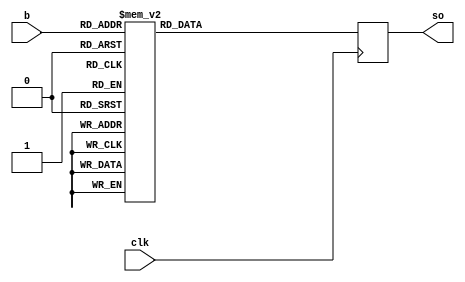
module s6(clk, b, so);
input 	clk;
input 	[1:6] b;
output 	[1:4] so;
reg 	[1:4] so;
	always @(posedge clk)
		casex(b)
                                6'b000000 :        so=4'hc;
                                6'b000010 :        so=4'h1;
                                6'b000100 :        so=4'ha;
                                6'b000110 :        so=4'hf;
                                6'b001000 :        so=4'h9;
                                6'b001010 :        so=4'h2;
                                6'b001100 :        so=4'h6;
                                6'b001110 :        so=4'h8;
                                6'b010000 :        so=4'h0;
                                6'b010010 :        so=4'hd;
                                6'b010100 :        so=4'h3;
                                6'b010110 :        so=4'h4;
                                6'b011000 :        so=4'he;
                                6'b011010 :        so=4'h7;
                                6'b011100 :        so=4'h5;
                                6'b011110 :        so=4'hb;
                                6'b000001 :        so=4'ha;
                                6'b000011 :        so=4'hf;
                                6'b000101 :        so=4'h4;
                                6'b000111 :        so=4'h2;
                                6'b001001 :        so=4'h7;
                                6'b001011 :        so=4'hc;
                                6'b001101 :        so=4'h9;
                                6'b001111 :        so=4'h5;
                                6'b010001 :        so=4'h6;
                                6'b010011 :        so=4'h1;
                                6'b010101 :        so=4'hd;
                                6'b010111 :        so=4'he;
                                6'b011001 :        so=4'h0;
                                6'b011011 :        so=4'hb;
                                6'b011101 :        so=4'h3;
                                6'b011111 :        so=4'h8;
                                6'b100000 :        so=4'h9;
                                6'b100010 :        so=4'he;
                                6'b100100 :        so=4'hf;
                                6'b100110 :        so=4'h5;
                                6'b101000 :        so=4'h2;
                                6'b101010 :        so=4'h8;
                                6'b101100 :        so=4'hc;
                                6'b101110 :        so=4'h3;
                                6'b110000 :        so=4'h7;
                                6'b110010 :        so=4'h0;
                                6'b110100 :        so=4'h4;
                                6'b110110 :        so=4'ha;
                                6'b111000 :        so=4'h1;
                                6'b111010 :        so=4'hd;
                                6'b111100 :        so=4'hb;
                                6'b111110 :        so=4'h6;
                                6'b100001 :        so=4'h4;
                                6'b100011 :        so=4'h3;
                                6'b100101 :        so=4'h2;
                                6'b100111 :        so=4'hc;
                                6'b101001 :        so=4'h9;
                                6'b101011 :        so=4'h5;
                                6'b101101 :        so=4'hf;
                                6'b101111 :        so=4'ha;
                                6'b110001 :        so=4'hb;
                                6'b110011 :        so=4'he;
                                6'b110101 :        so=4'h1;
                                6'b110111 :        so=4'h7;
                                6'b111001 :        so=4'h6;
                                6'b111011 :        so=4'h0;
                                6'b111101 :        so=4'h8;
                                default            so=4'hd;
			endcase
endmodule